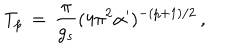
T _ { p } \, = \, { \frac { \pi } { g _ { s } } } ( 4 \pi ^ { 2 } \alpha ^ { \prime } ) ^ { - ( p + 1 ) / 2 } \, ,